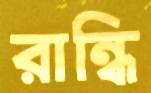
রান্ধি